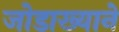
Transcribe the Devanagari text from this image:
जोडाख्याने